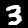
Digit: 3